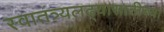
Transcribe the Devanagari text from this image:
स्वातंत्र्यलढ्यासाठीच्या